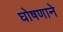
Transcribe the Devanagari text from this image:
घोषणाने